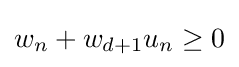
w_{n}+w_{d+1}u_{n}\geq 0